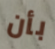
بأن